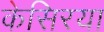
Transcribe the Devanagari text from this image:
केसिरया